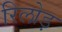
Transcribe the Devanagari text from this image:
रिलोड़